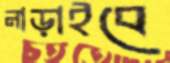
নাড়াইবে